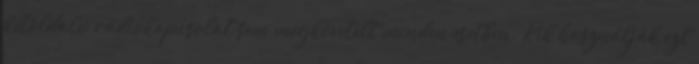
kétoldalú rádiókapcsolat sem megkövetelt minden esetben. Kik használják ezt